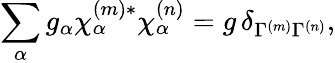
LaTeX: \sum_{\alpha}g_{\alpha}\chi_{\alpha}^{(m)*}\chi_{\alpha}^{(n)}=g\, \delta_{\Gamma^{(m)}\Gamma^{(n)}},